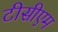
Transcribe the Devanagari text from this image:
टीसीएम